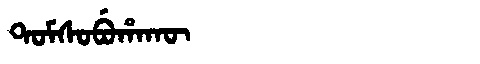
Manchu: ᡨᠣᠮᠰᠣᠪᡠᡥᠠᡴᡡ
Romanization: TOMSOBUHAKŪ